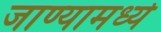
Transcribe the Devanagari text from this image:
जाण्यामध्ये